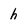
Character: h